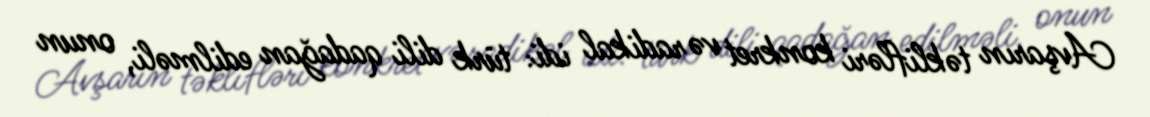
Avşarın təklifləri konkret və radikal idi: türk dili qadağan edilməli, onun